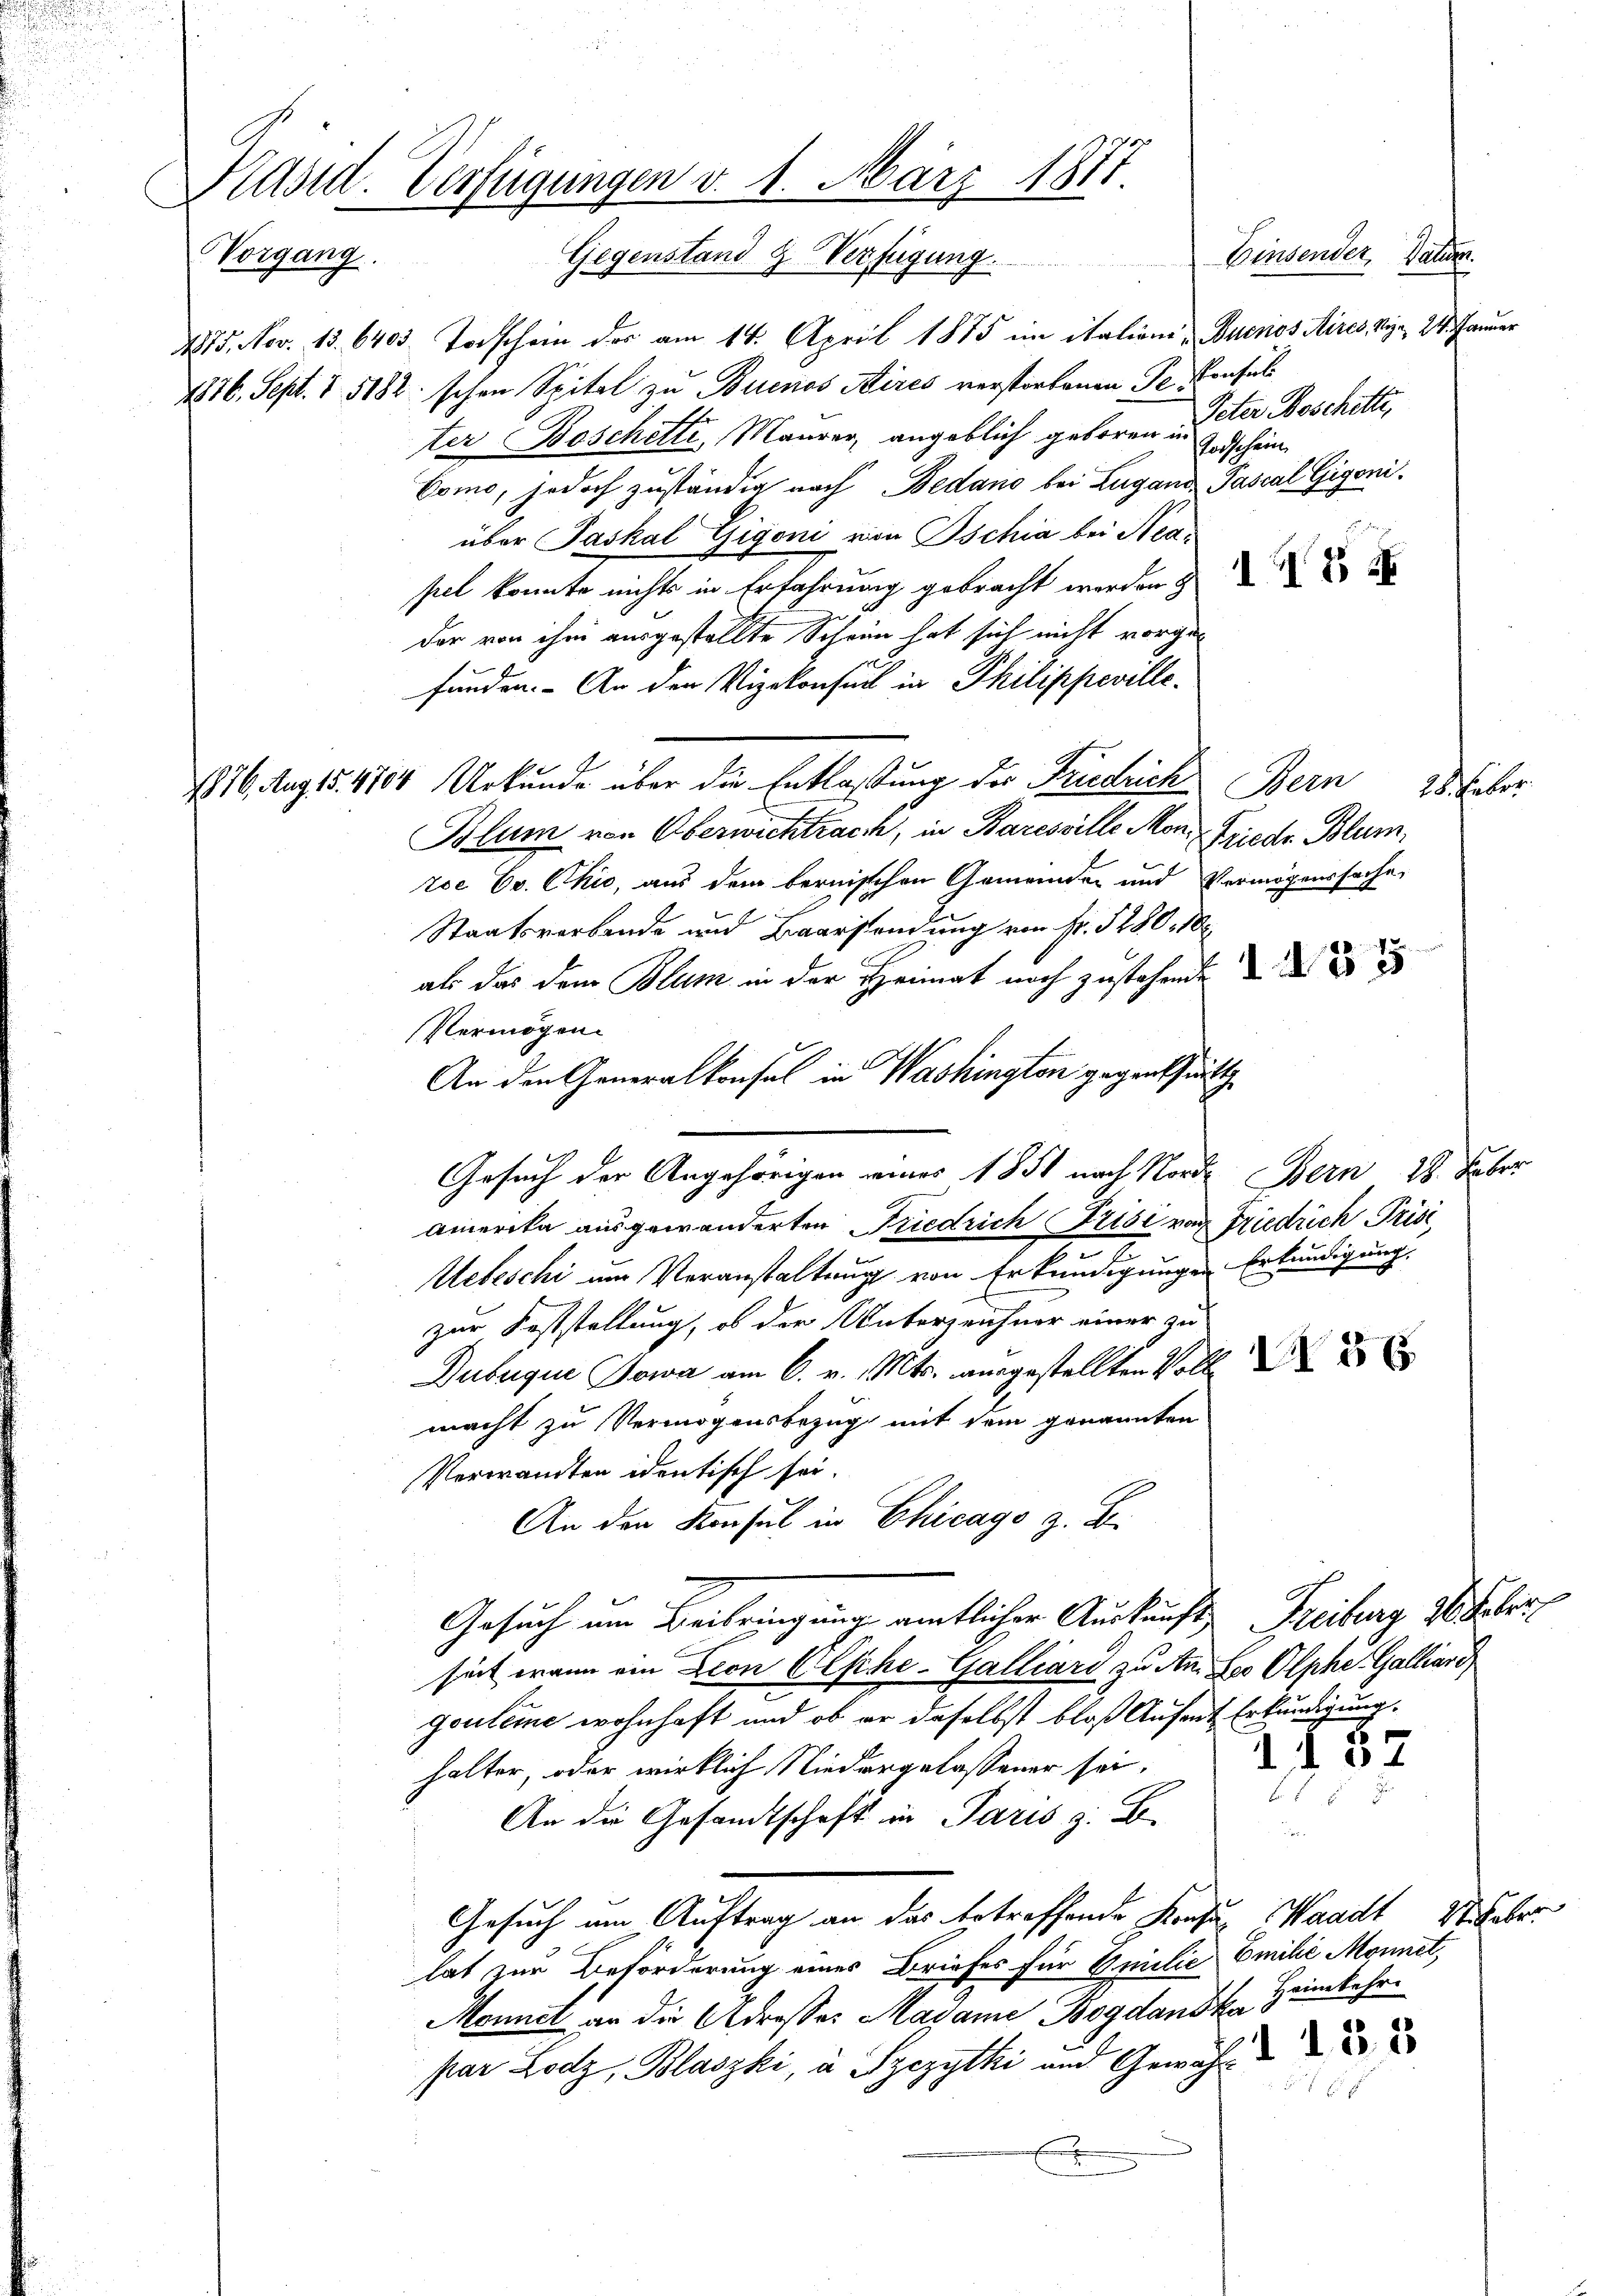
d

Präsid. Verfügungen v. 1. März 1877
Vorgang.
Gegenstand g Verfügung

475. Nov. 13. 6403. Todschein der am 14. April 1875 im italione „Bucrios Aires, Vizen 24. Januar
1876. Sept. 1 5182. schon Spital zu Buenos Aires verstorbenen Se. Konsul
ter Boschetti, Maurer, angeblich geboren Peter Boschette,
Como, jedoch zuständig nach Bedano bei Lugand Pascal Gigoni.
über Paskal Gigoni von Ischia bei Neasel konnte nichts in Erfahrung gebracht werden z
der von ihm ausgestellte Schein hat sich nicht vorgefunden. An der Vizekonsuch in Philippeville¬
1816. Aug 15. 4704 Urkunde über die Entlaßung des Friedrich
Blum von Oberwichtrach, in Baressille Mon. Frieder Blumrce Ev. Chio, aus dem bernischen Gemeinden und Vermögenssache,
Staatsverbande und Baarsendung von Fr. § 280, 18
als das dem Blum in der Heimat noch zustehen
Vermögen.
An den Generalkonsul in Washington gegenschritt
Gesuch der Angehörigen eines 1851 nach Norden Bern 28. Febr.
amerika ausgewanderten Friedrich Frise von Friedrich Prisi
.
Uebeschi um Veranstaltung von Erkundigungen Erkundigung.
zur Feststellung, ob der Unterzeichner einer zu
Dubugue Sowa am 6. v. Mts. ausgestellten Voll
macht zu Vermögensbezug mit dem genannten
Verwandten identisch sei.
An den Konsul in Chicago z. B.
Freiburg 16 Feber
Gesuch um Beibringung amtlicher Auskunft,
seit wann ein Leon Esche-Galliard zu An Soo Olphe. Galliari
gouleme wohnhaft und ob er daselbst bloß Aufent Erkundigung.
11 37
halter, oder wirklich Niedergelassener sei.
.
An die Gesandtschaft in Paris z. B.
Gesuch um Auftrag an das ertreffende Konze, Waadt Weber
lat zur Beförderung eines Briefes für Emilie Emilie Monnet,
Heimkehr.
Monnet an die Adresses Magame Bogdanska
par Lotz, Blaszki, a Szczythi und Gewäh

ochschein,

Einsender Datum.

Bern
28. Feber

g